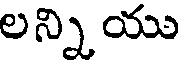
లన్ని యు